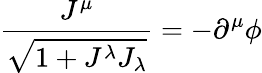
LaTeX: \frac{J^{\mu}}{\sqrt{1+J^{\lambda}J_{\lambda}}}=-\partial^{\mu}\phi